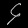
Digit: ၄